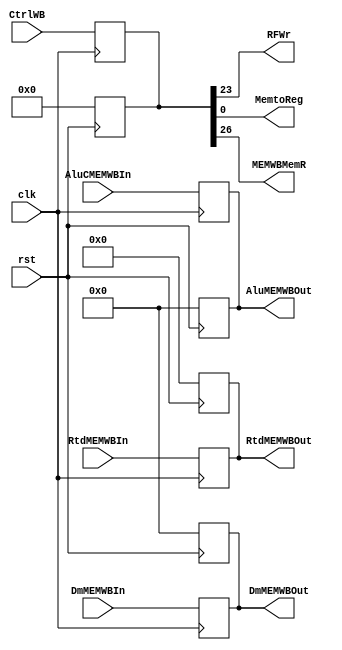
module MEMWB( clk, rst, CtrlWB, DmMEMWBIn, AluCMEMWBIn, RtdMEMWBIn,
				DmMEMWBOut, AluMEMWBOut, RtdMEMWBOut, RFWr, MemtoReg, MEMWBMemR );
//mem\wb register, 4 inputs, 4 outputs
  input             clk, rst;
  output             MEMWBMemR;
	input      [26:0] CtrlWB;
	input      [4:0]  RtdMEMWBIn;
	input      [31:0] DmMEMWBIn, AluCMEMWBIn;	
	output reg [4:0]  RtdMEMWBOut;
	output            RFWr;
	output            MemtoReg;
	output reg [31:0] DmMEMWBOut, AluMEMWBOut;
	
	reg [26:0] CtrlWBReg;

	always @(posedge rst) begin
	  CtrlWBReg = 0;
		RtdMEMWBOut = 0;
		DmMEMWBOut = 0;
		AluMEMWBOut = 0;
	end//end initial

	always @( posedge clk ) begin
	  CtrlWBReg <= CtrlWB;
		RtdMEMWBOut <= RtdMEMWBIn;
		DmMEMWBOut <= DmMEMWBIn;
		AluMEMWBOut <= AluCMEMWBIn;
	end//end always

	assign RFWr = CtrlWBReg[23];
	assign MemtoReg = CtrlWBReg[0];
	assign MEMWBMemR = CtrlWBReg[26];
endmodule